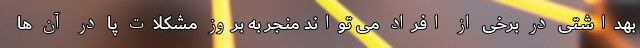
بهداشتی در برخی از افراد می تواند منجر به بروز مشکلات پا در آن ها